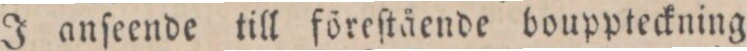
J anſeende till föreſtående bouppteckning